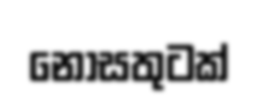
නොසතුටක්